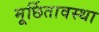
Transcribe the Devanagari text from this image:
मूर्छितावस्था